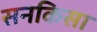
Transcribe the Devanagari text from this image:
सनकिसा